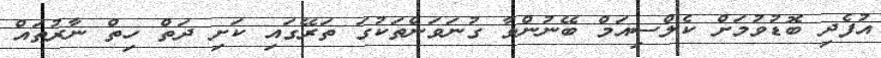
އުފެދި ބޮޑުވުމަށް ކެލްސިއަމް ބޭނުންވާ ގުނަވަންތަކުގަ ތަރޭގައި ކަށި ދަތް ހިތް ނާރުތައް